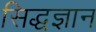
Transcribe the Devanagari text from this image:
सिद्धज्ञान